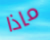
ماذا